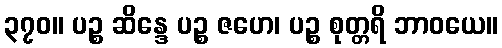
၃၇၀။ ပဉ္စ ဆိန္ဒေ ပဉ္စ ဇဟေ၊ ပဉ္စ စုတ္တရိ ဘာဝယေ။